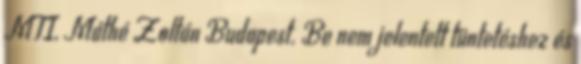
MTI, Máthé Zoltán Budapest. Be nem jelentett tüntetéshez és